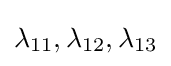
\lambda _{11},\lambda _{12},\lambda _{13}